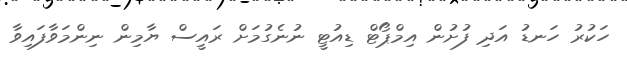
ހަކުރު ހަނޑު އަދި ފުށުން އިމްޕޯޓް ޑިއުޓީ ނުނެގުމަށް ރައީސް ޔާމިން ނިންމަވާފައިވާ